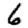
Digit: 6